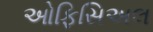
ઓફિસિઅલ